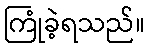
ကြုံခဲ့ရသည်။